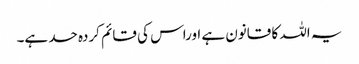
یہ اللہ کا قانون ہے اوراس کی قائم کردہ حد ہے۔